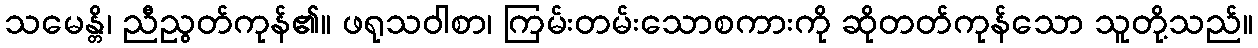
သမေန္တိ၊ ညီညွတ်ကုန်၏။ ဖရုသဝါစာ၊ ကြမ်းတမ်းသောစကားကို ဆိုတတ်ကုန်သော သူတို့သည်။